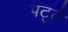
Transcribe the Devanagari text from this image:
पट्‍टे